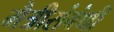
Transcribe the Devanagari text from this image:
मैत्रीसंबंधी